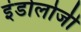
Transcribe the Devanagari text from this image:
इंडोलोजी